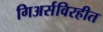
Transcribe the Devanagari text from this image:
गिअर्सविरहीत